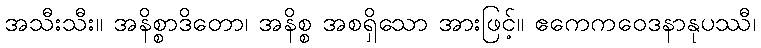
အသီးသီး။ အနိစ္စာဒိတော၊ အနိစ္စ အစရှိသော အားဖြင့်။ ဧကေကဝေဒနာနုပဿီ၊